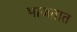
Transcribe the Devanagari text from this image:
भाजतात